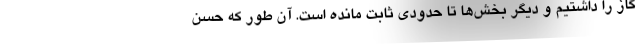
گاز را داشتیم و دیگر بخش‌ها تا حدودی ثابت مانده است. آن طور که حسن